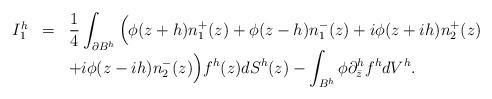
LaTeX: \begin{align*}\begin{array}{lll}I_1^h &=&\displaystyle{\frac{1}{4}\int_{\partial B^h}\Big(\phi(z+h)n_1^{+}(z)+\phi(z-h)n_1^{-}(z)+i\phi(z+ih)n_2^{+}(z)}\\ & &+i\phi(z-ih)n_2^{-}(z) \Big)f^h(z)dS^h(z)-\displaystyle{\int_{B^h}\phi\partial_{\bar z}^hf^hdV^h}.\end{array}\end{align*}